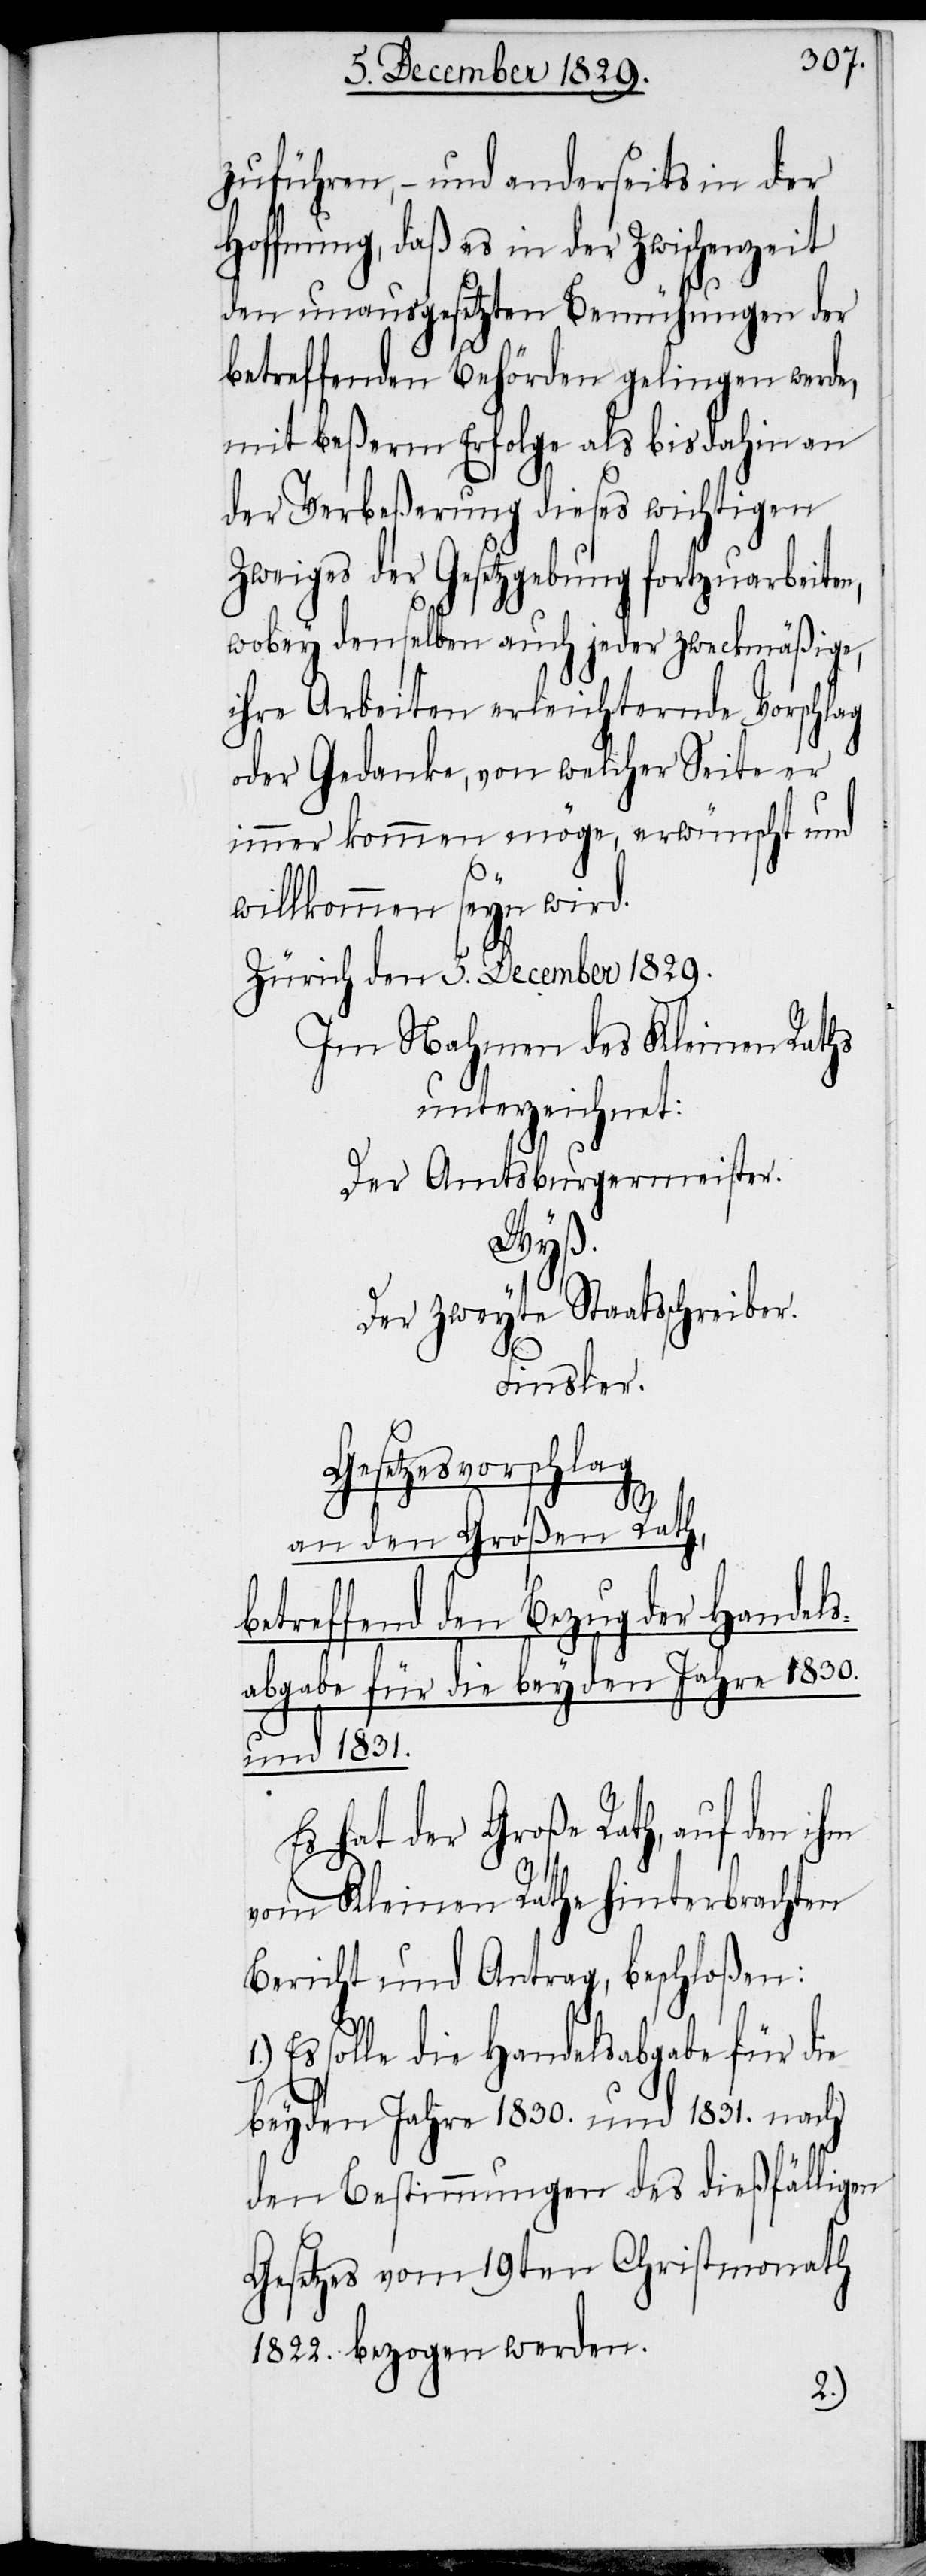
zuführen, – und anderseits in der
Hoffnung, daß es in der Zwischenzeit
den unausgesetzten Bemühungen der
betreffenden Behörden gelingen werde,
mit beßerm Erfolge als bisdahin an
der Verbeßerung dieses wichtigen
Zweiges der Gesetzgebung fortzuarbeite¬
wobey denselben auch jeder zweckmäßige,
ihre Arbeiten erleichternde Vorschlag
oder Gedanke, von welcher Seite er
immer kommen möge, erwünscht und
willkommen seyn wird.
Zürich den 5. December 1829.
Im Nahmen des Kleinen Raths
unterzeichnet:
Der Amtsburgermeister.
Wyß.
Der zweyte Staatsschreiber.
Finsler.
Gesetzesvorschlag
n,
an den Großen Rath,
betreffend den Bezug der Handels¬
abgabe für die beyden Jahre 1830.
und 1831.
Es hat der Große Rath, auf den ihm
vom Kleinen Rathe hinterbrachten
Bericht und Antrag, beschloßen:
Es solle die Handelsabgabe für die
beyden Jahre 1830. und 1831. nach
den Bestimmungen des dießfälligen
Gesetzes vom 19ten Christmonath
1822. bezogen werden.